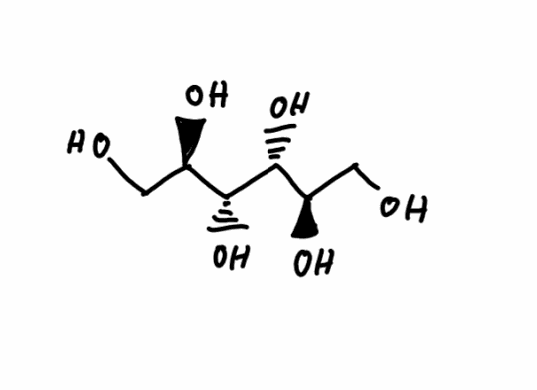
Simplified molecular-input line-entry system (SMILES) notation of the given molecule:
C([C@H]([C@H]([C@@H]([C@@H](CO)O)O)O)O)O